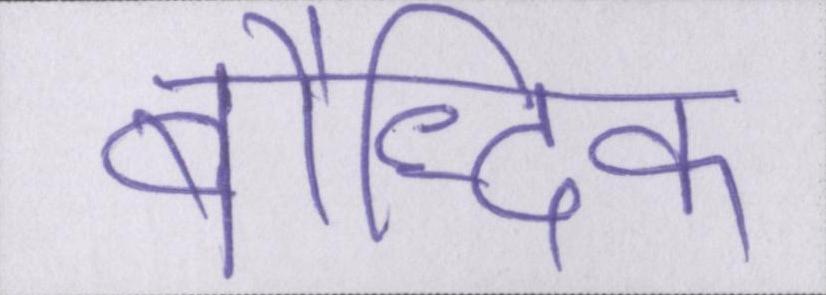
बौद्धिक